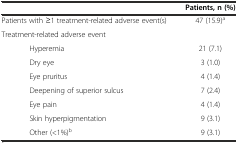
<table><thead><tr><td></td><td><b>Patients, n (%)</b></td></tr></thead><tbody><tr><td>Patients with ≥1 treatment-related adverse event(s)</td><td>47 (15.9)<sup>a</sup></td></tr><tr><td>Treatment-related adverse event</td><td></td></tr><tr><td>Hyperemia</td><td>21 (7.1)</td></tr><tr><td>Dry eye</td><td>3 (1.0)</td></tr><tr><td>Eye pruritus</td><td>4 (1.4)</td></tr><tr><td>Deepening of superior sulcus</td><td>7 (2.4)</td></tr><tr><td>Eye pain</td><td>4 (1.4)</td></tr><tr><td>Skin hyperpigmentation</td><td>9 (3.1)</td></tr><tr><td>Other (&lt;1%)<sup>b</sup></td><td>9 (3.1)</td></tr></tbody></table>